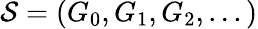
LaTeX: {\cal S}=(G_{0},G_{1},G_{2},...)